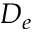
D _ { e }